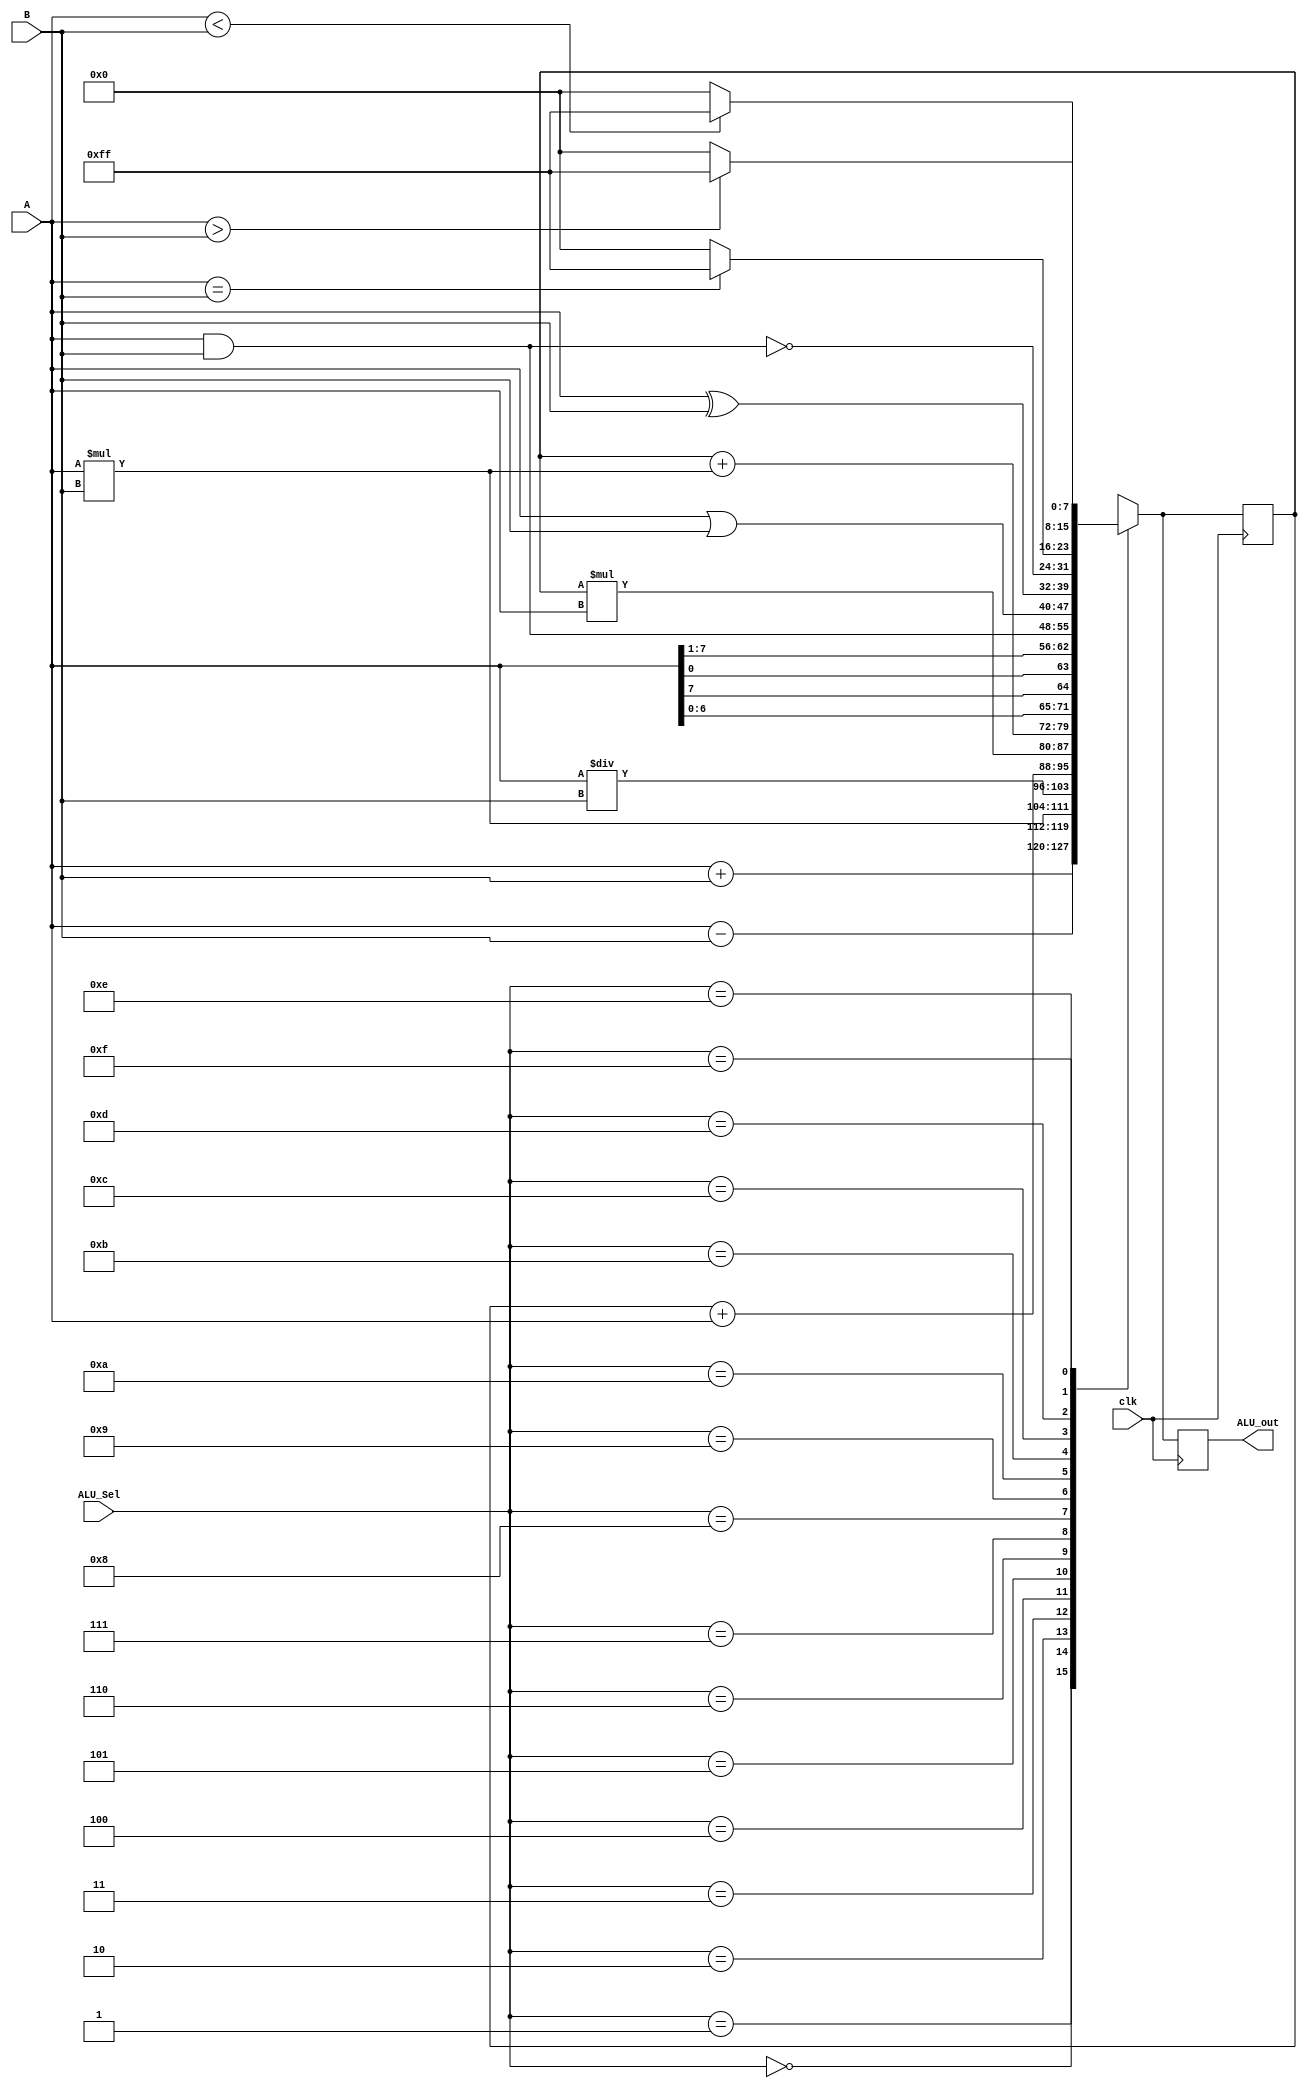
`timescale 1ns / 1ps
//////////////////////////////////////////////////////////////////////////////////
// Company: 
// Engineer: 
// 
// Design Name: 
// Module Name: ALU
// Project Name: 
// Target Devices: 
// Tool Versions: 
// Description: 
// 
// Dependencies: 
// 
// Revision:
// Revision 0.01 - File Created
// Additional Comments:
// 
module ALU(
  input clk,
  input [7:0]A,
  input [7:0]B,
  input [3:0] ALU_Sel,
  output reg[7:0] ALU_out
);
  //output register
  reg [7:0]Acc = 8'b0;
    
  always@(posedge clk)
    begin
     case(ALU_Sel)
        4'b0000: // Addition
           Acc = A + B ; 
        4'b0001: //Subtraction 
           Acc = A - B;
        4'b0010: //Multiplication
           Acc = A *  B;
        4'b0011: //Div
           Acc = A/B;
        4'b0100: //ADDA
           Acc = Acc + A ; 
        4'b0101: //MULA 
           Acc = Acc * A;
        4'b0110: //MAC
          Acc = Acc + (A*B);
        4'b0111: //ROL
          Acc = {A[6:0],A[7]};
        4'b1000: // ROR
          Acc = {A[0],A[7:1]}; 
        4'b1001: //AND
           Acc = A & B;
        4'b1010: //OR
           Acc = A | B;
        4'b1011: //XOR
           Acc = A^B;
        4'b1100: //NAND
           Acc = ~(A & B); 
        4'b1101: //ETH
          Acc = (A==B)?8'hFF:8'b0;
        4'b1110: //GTH
          Acc = (A>B)?8'hFF:8'b0;
        4'b1111: //LTH
          Acc = (A<B)?8'hFF:8'b0;
        default: Acc = A + B; //Addition
     endcase
    
     ALU_out <= Acc;
    end
endmodule